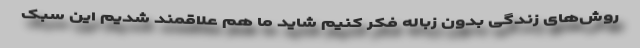
روش‌های زندگی بدون زباله فکر کنیم شاید ما هم علاقمند شدیم این سبک